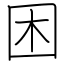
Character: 困